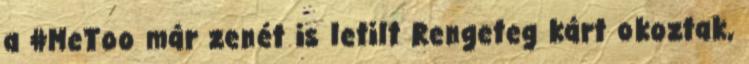
a #MeToo már zenét is letilt Rengeteg kárt okoztak,